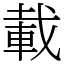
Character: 載